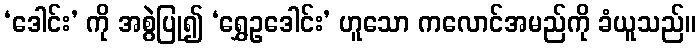
‘ဒေါင်း’ ကို အစွဲပြု၍ ‘ရွှေဥဒေါင်း’ ဟူသော ကလောင်အမည်ကို ခံယူသည်။